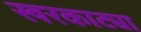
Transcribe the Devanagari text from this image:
खरकाट्या